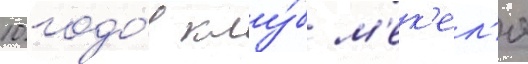
10 годо́в клу́б м'ек'ел'я